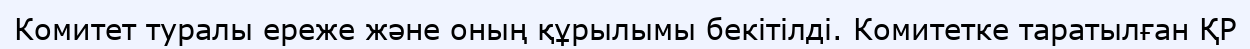
Комитет туралы ереже және оның құрылымы бекітілді. Комитетке таратылған ҚР